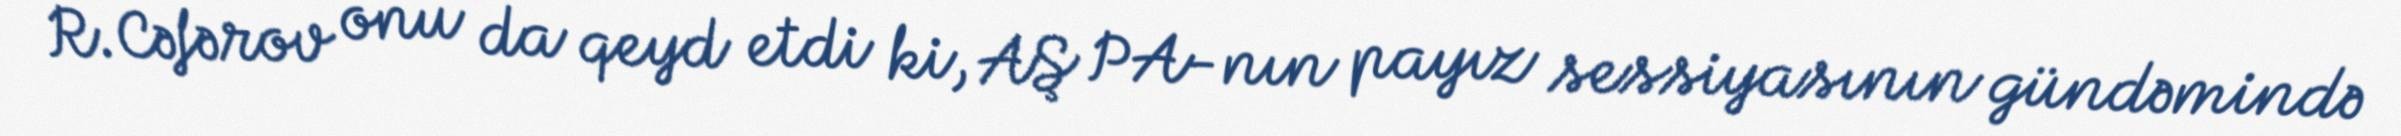
R.Cəfərov onu da qeyd etdi ki, AŞ PA-nın payız sessiyasının gündəmində